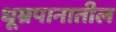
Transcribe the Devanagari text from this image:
धूम्रपानातील